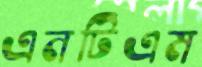
এনটিএম